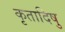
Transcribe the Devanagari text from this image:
कृतादिषु